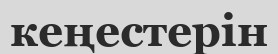
кеңестерін